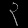
Digit: ၃